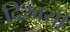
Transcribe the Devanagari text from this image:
दिखयी